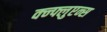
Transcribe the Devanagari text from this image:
क्न्फ्लुएन्स